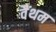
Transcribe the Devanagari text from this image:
वैंथम